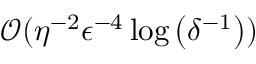
\mathcal { O } ( \eta ^ { - 2 } \epsilon ^ { - 4 } \log \left( \delta ^ { - 1 } \right) )